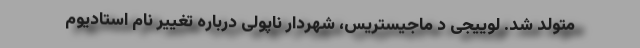
متولد شد. لوییجی دِ ماجیستریس، شهردار ناپولی درباره تغییر نام استادیوم